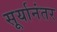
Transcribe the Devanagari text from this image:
सूर्यानंतर